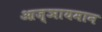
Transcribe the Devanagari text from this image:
आज्ञायमान